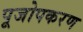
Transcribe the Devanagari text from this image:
पूजोपकरण